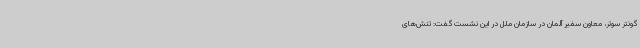
گونتر سوتر، معاون سفیر آلمان در سازمان ملل در این نشست گفت: تنش‌های